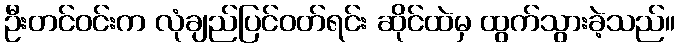
ဦးတင်ဝင်းက လုံချည်ပြင်ဝတ်ရင်း ဆိုင်ထဲမှ ထွက်သွားခဲ့သည်။